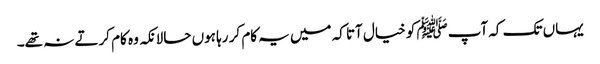
یہاں تک کہ آپﷺ کو خیال آتا کہ میں یہ کام کر رہا ہوں حالانکہ وہ کام کرتے نہ تھے۔